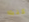
كنت